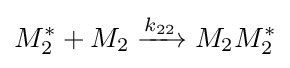
M_{2}^{*}+M_{2}\xrightarrow {k_{22}} M_{2}M_{2}^{*}